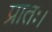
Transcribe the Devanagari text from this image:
प्रातः।